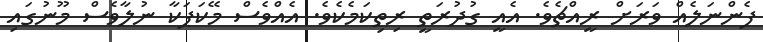
ފެންނަލެއް ވަރަށް ރީއްޗެވެ. އެއީ ގުދުރަތީ ރިތިކަމެކެވެ. އެއްވެސް މޭކަޕަކާ ނުލާވެސް މޫނުގައި